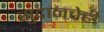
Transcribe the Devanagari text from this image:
सुदानचेही